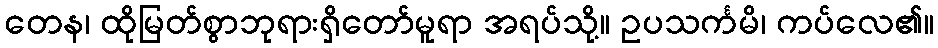
တေန၊ ထိုမြတ်စွာဘုရားရှိတော်မူရာ အရပ်သို့။ ဥပသင်္ကမိ၊ ကပ်လေ၏။